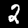
Label: 2